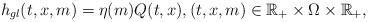
LaTeX: \begin{align*}h_{gl}(t,x,m) = \eta (m) Q(t,x), (t,x,m)\in \mathbb{R}_+ \times \Omega \times \mathbb{R}_+,\end{align*}